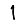
Digit: 1